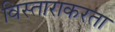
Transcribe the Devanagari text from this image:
विस्ताराकरता